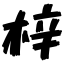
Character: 梓